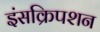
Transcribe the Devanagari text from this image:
इंसक्रिपशन